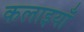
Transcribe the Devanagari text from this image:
कलाइयाँ